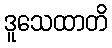
ဒူသေထာတိ